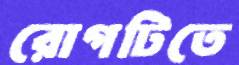
রোগটিতে